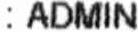
: ADMIN